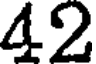
42